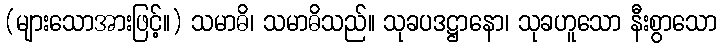
(များသောအားဖြင့်။) သမာဓိ၊ သမာဓိသည်။ သုခပဒဋ္ဌာနော၊ သုခဟူသော နီးစွာသော